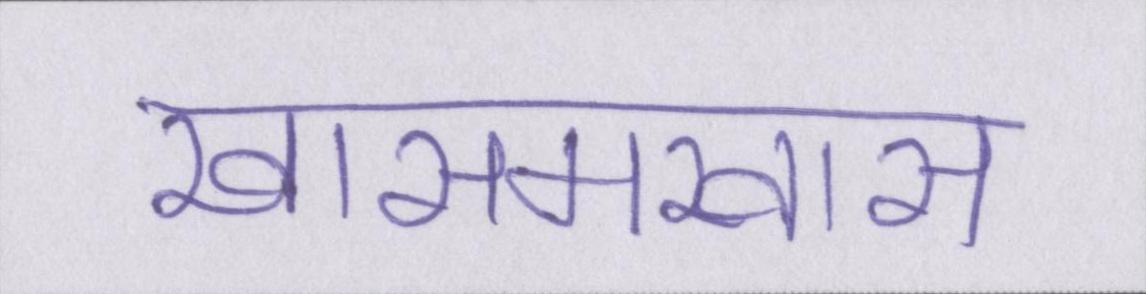
खासमखास